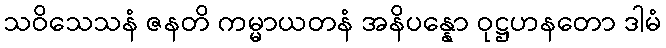
သဝိသေသနံ ဇနတိ ကမ္မာယတနံ အနိပန္နော ဝုဋ္ဌဟနတော ဒါမံ